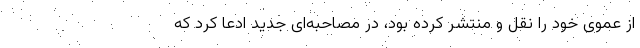
از عموی خود را نقل و منتشر کرده بود، در مصاحبه‌ای جدید ادعا کرد که